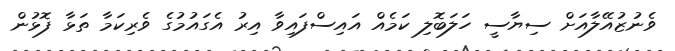
ވެނުޒުއޭލާއަށް ސިޔާސީ ހަލަބޮލި ކަމެއް އައިސްފައިވާ އިރު އެގައުމުގެ ވެރިކަމާ ތަޅާ ފޮޅުން